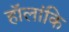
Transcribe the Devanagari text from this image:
हॉलांकि